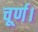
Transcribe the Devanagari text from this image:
चूर्ण।